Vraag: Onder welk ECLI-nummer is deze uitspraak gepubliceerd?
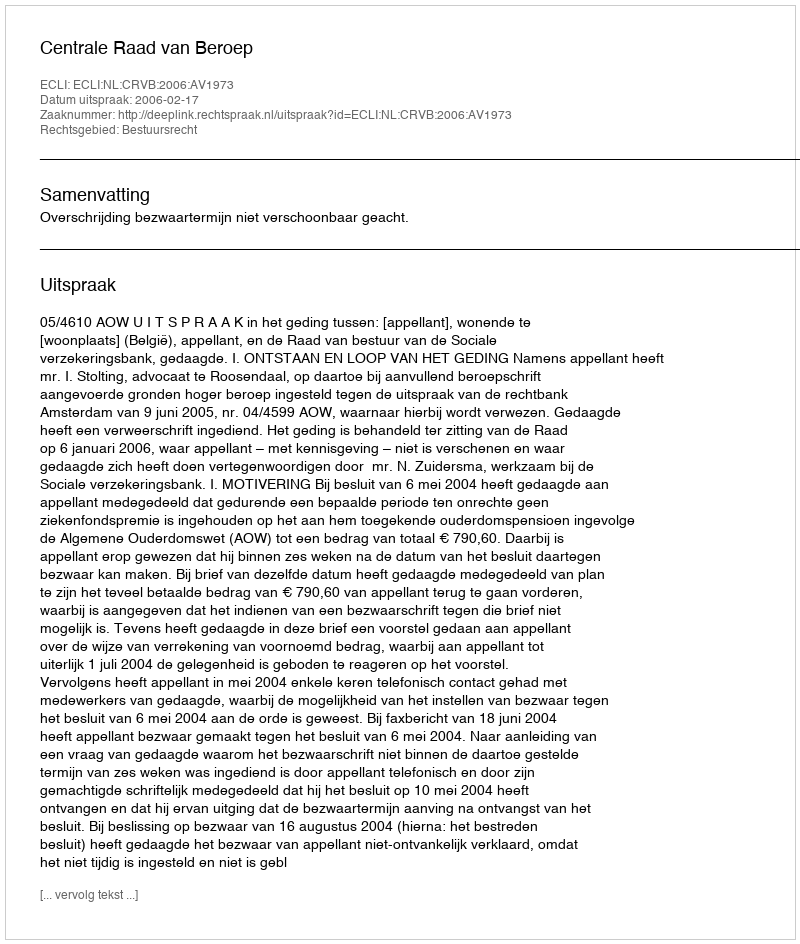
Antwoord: ECLI:NL:CRVB:2006:AV1973